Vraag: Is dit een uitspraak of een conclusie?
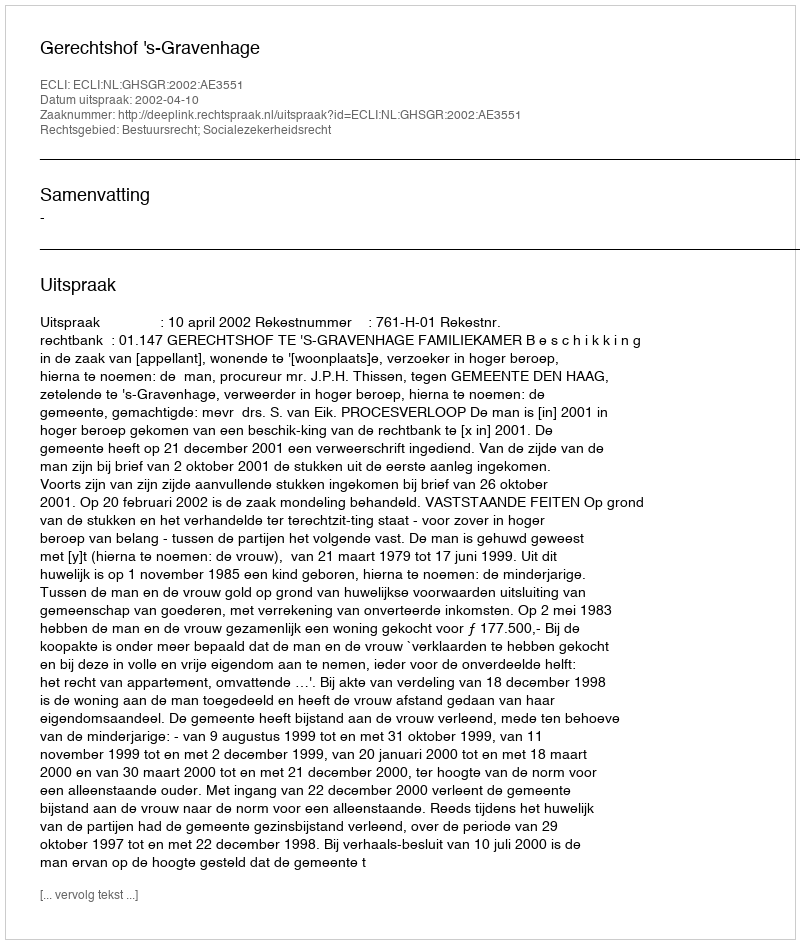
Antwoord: Uitspraak